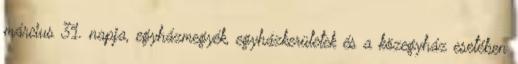
március 31. napja, egyházmegyék, egyházkerületek és a közegyház esetében